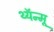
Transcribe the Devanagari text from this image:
थ्यॅन्मू